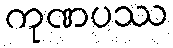
ကုဏပဿ